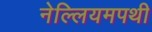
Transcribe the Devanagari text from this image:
नेल्लियमपथी